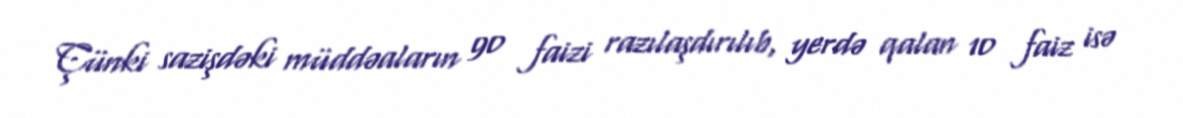
Çünki sazişdəki müddəaların 90 faizi razılaşdırılıb, yerdə qalan 10 faiz isə